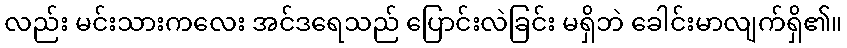
လည်း မင်းသားကလေး အင်ဒရေသည် ပြောင်းလဲခြင်း မရှိဘဲ ခေါင်းမာလျက်ရှိ၏။